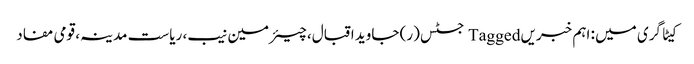
کیٹاگری میں : اہم خبریں Tagged جسٹس (ر) جاوید اقبال، چیئرمین نیب، ریاست مدینہ، قومی مفاد